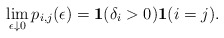
\begin{align*}\lim_{\epsilon\downarrow 0} p_{i,j}(\epsilon)=\mathbf{1}(\delta_i >0)\mathbf{1}(i=j).\end{align*}